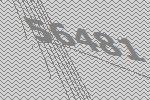
56481